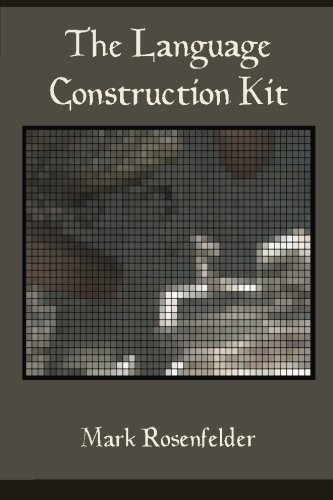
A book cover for The Language Construction Kit; Mark Rosenfelder; Politics & Social Sciences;